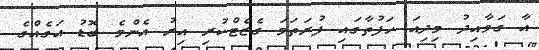
އާ ގަވާއިދު މިދިއަ ހަފުތާގައި ފުރަތަމަ ގެޒެޓްކުރި އިރު އެންމެ ބޮޑު އަގެއްގެ